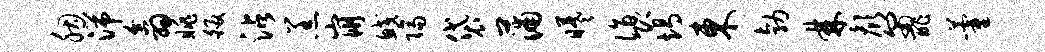
胭湍翕眺皈沾羔崩鲛隔袋蒲曦诣即竭东勃棘颜匍酢藿